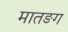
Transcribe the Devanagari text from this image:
मातङग